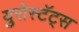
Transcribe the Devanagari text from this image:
युरोस्टॅट्स